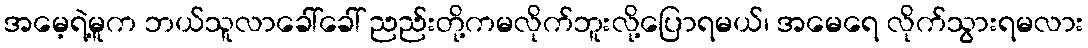
အမေ့ရဲ့မူက ဘယ်သူလာခေါ်ခေါ် ညည်းတို့ကမလိုက်ဘူးလို့ပြောရမယ်၊ အမေရေ လိုက်သွားရမလား